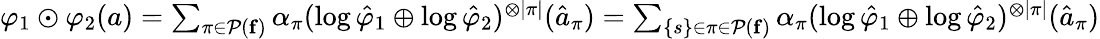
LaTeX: \begin{array}{r}{\varphi_{1}\odot\varphi_{2}(a)=\sum_{\pi\in\mathcal P(\mathbf f)}\alpha_{\pi}(\log\hat{\varphi}_{1}\oplus\log\hat{\varphi}_{2})^{\otimes|\pi|}(\hat{a}_{\pi})=\sum_{\{ s\} \in\pi\in\mathcal P(\mathbf f)}\alpha_{\pi}(\log\hat{\varphi}_{1}\oplus\log\hat{\varphi}_{2})^{\otimes|\pi|}(\hat{a}_{\pi})}\end{array}